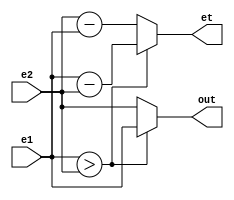
module expe_single(
input [7:0]e1,
input [7:0]e2,
//input clk,
output reg [7:0] out,
output reg [7:0] et
);

always @(*) 
begin
if (e1 > e2)	begin
	et = e1-e2;
	out = e1;
	end    
else begin
	et = e2-e1;
	out = e2;
	  end
end

endmodule